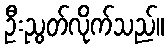
ဦးညွတ်လိုက်သည်။